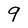
Character: 9